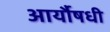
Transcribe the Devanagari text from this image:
आर्यौषधी